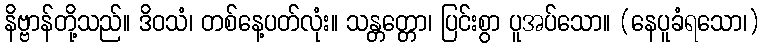
နိဗ္ဗာန်တို့သည်။ ဒိဝသံ၊ တစ်နေ့ပတ်လုံး။ သန္တတ္တော၊ ပြင်းစွာ ပူအပ်သော။ (နေပူခံရသော၊)